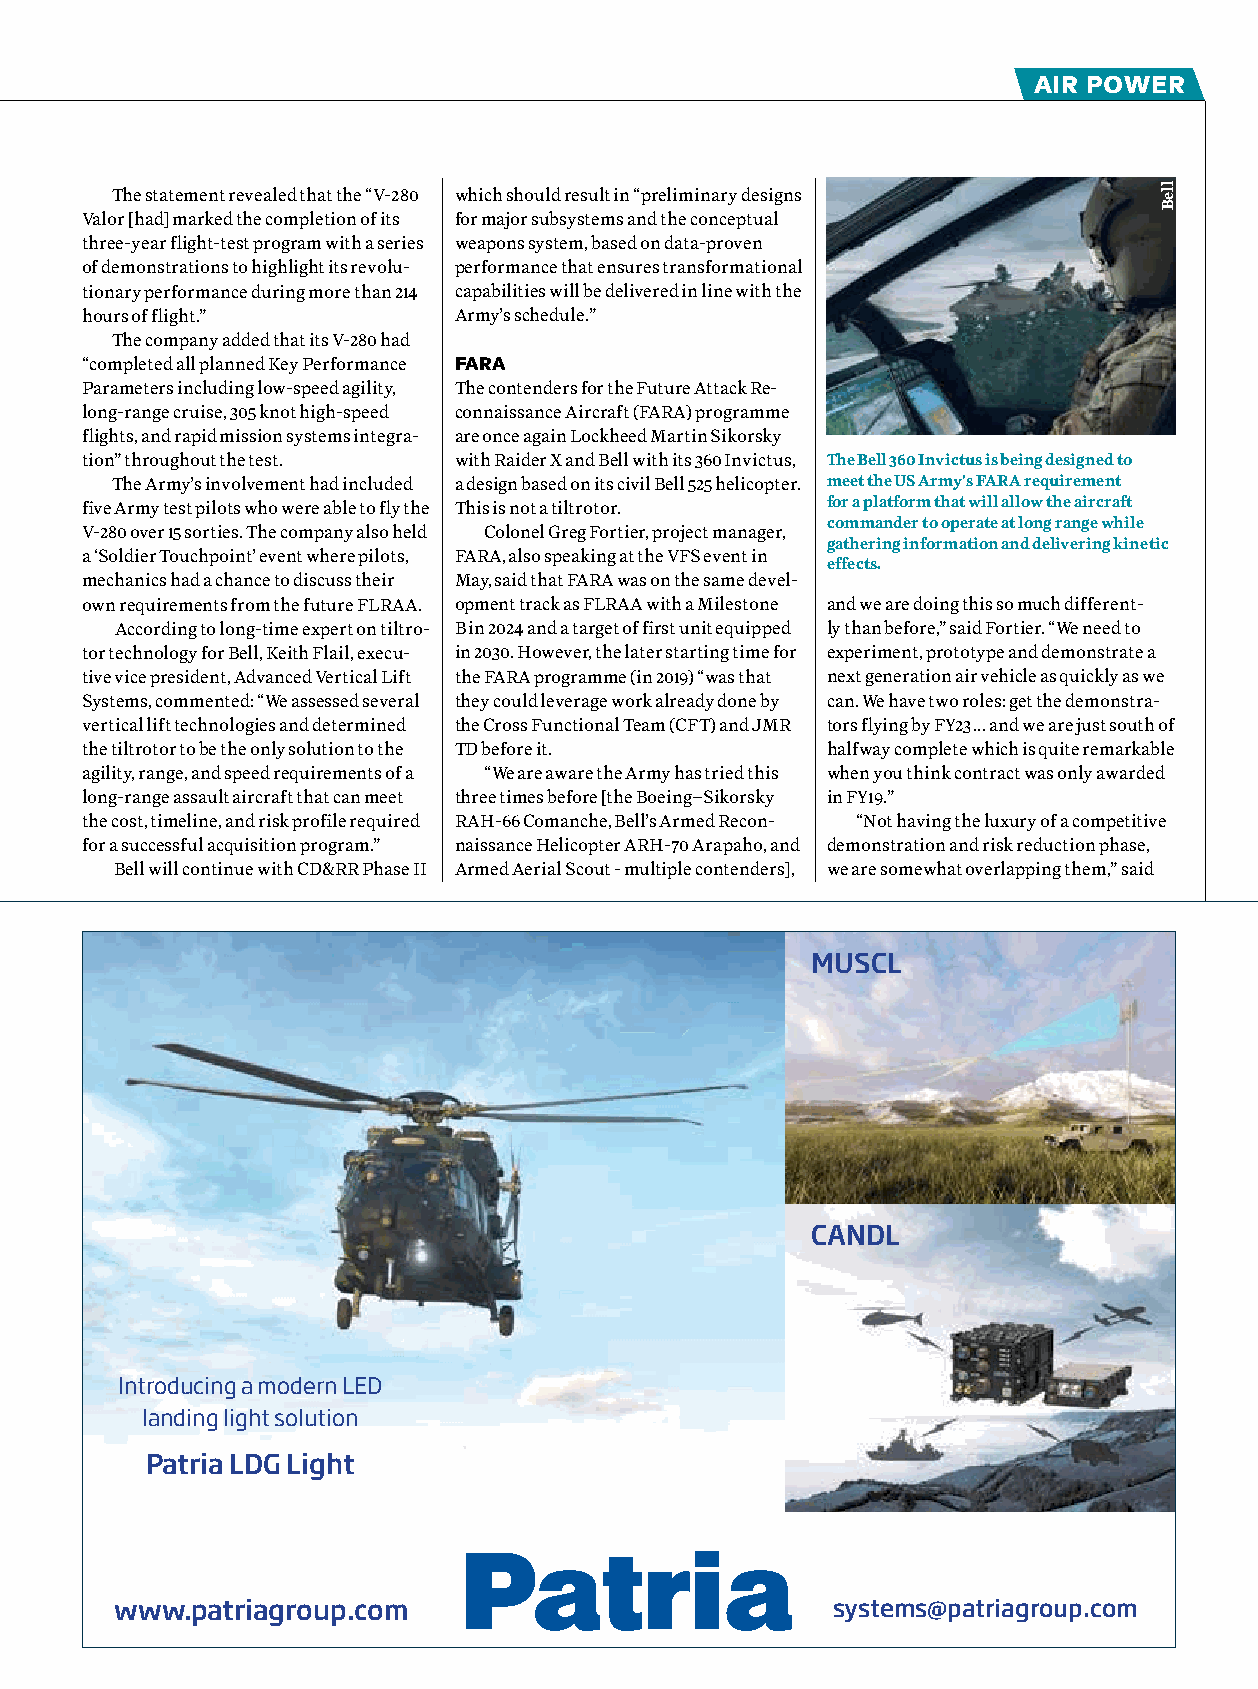
air Power
 The statement revealed that the “V-280 which should result in “preliminary designs
 Valor [had] marked the completion of its for major subsystems and the conceptual
 three-year flight-test program with a series weapons system, based on data-proven
 of demonstrations to highlight its revolu- performance that ensures transformational
 tionary performance during more than 214 capabilities will be delivered in line with the
 hours of flight.”        Army’s schedule.”
 The company added that its V-280 had
 “completed all planned Key Performance FARA
 Parameters including low-speed agility, The contenders for the Future Attack Re-
 long-range cruise, 305 knot high-speed connaissance Aircraft (FARA) programme
 flights, and rapid mission systems integra- are once again Lockheed Martin Sikorsky
 tion” throughout the test. with Raider X and Bell with its 360 Invictus, The Bell 360 Invictus is being designed to
 The Army’s involvement had included a design based on its civil Bell 525 helicopter. meet the US Army's FARA requirement
 five Army test pilots who were able to fly the This is not a tiltrotor. for a platform that will allow the aircraft
 commander to operate at long range while
 V-280 over 15 sorties. The company also held Colonel Greg Fortier, project manager,
 gathering information and delivering kinetic
 a ‘Soldier Touchpoint’ event where pilots, FARA, also speaking at the VFS event in
 effects.
 mechanics had a chance to discuss their May, said that FARA was on the same devel-
 own requirements from the future FLRAA. opment track as FLRAA with a Milestone and we are doing this so much different-
 According to long-time expert on tiltro- B in 2024 and a target of first unit equipped ly than before,” said Fortier. “We need to
 tor technology for Bell, Keith Flail, execu- in 2030. However, the later starting time for experiment, prototype and demonstrate a
 tive vice president, Advanced Vertical Lift the FARA programme (in 2019) “was that next generation air vehicle as quickly as we
 Systems, commented: “We assessed several they could leverage work already done by can. We have two roles: get the demonstra-
 vertical lift technologies and determined the Cross Functional Team (CFT) and JMR tors flying by FY23 … and we are just south of
 the tiltrotor to be the only solution to the TD before it. halfway complete which is quite remarkable
 agility, range, and speed requirements of a “We are aware the Army has tried this when you think contract was only awarded
 long-range assault aircraft that can meet three times before [the Boeing–Sikorsky in FY19.”
 the cost, timeline, and risk profile required RAH-66 Comanche, Bell’s Armed Recon- “Not having the luxury of a competitive
 for a successful acquisition program.” naissance Helicopter ARH-70 Arapaho, and demonstration and risk reduction phase,
 Bell will continue with CD&RR Phase II Armed Aerial Scout - multiple contenders], we are somewhat overlapping them,” said
 MUSCL
 CANDL
 Introducing a modern LED
 landing light solution
 Patria LDG Light
 www.patriagroup.com                            systems@patriagroup.com
 lleB